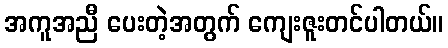
အကူအညီ ပေးတဲ့အတွက် ကျေးဇူးတင်ပါတယ်။